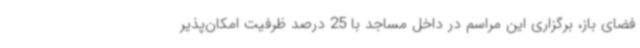
فضای باز، برگزاری این مراسم در داخل مساجد با 25 درصد ظرفیت امکان‌پذیر